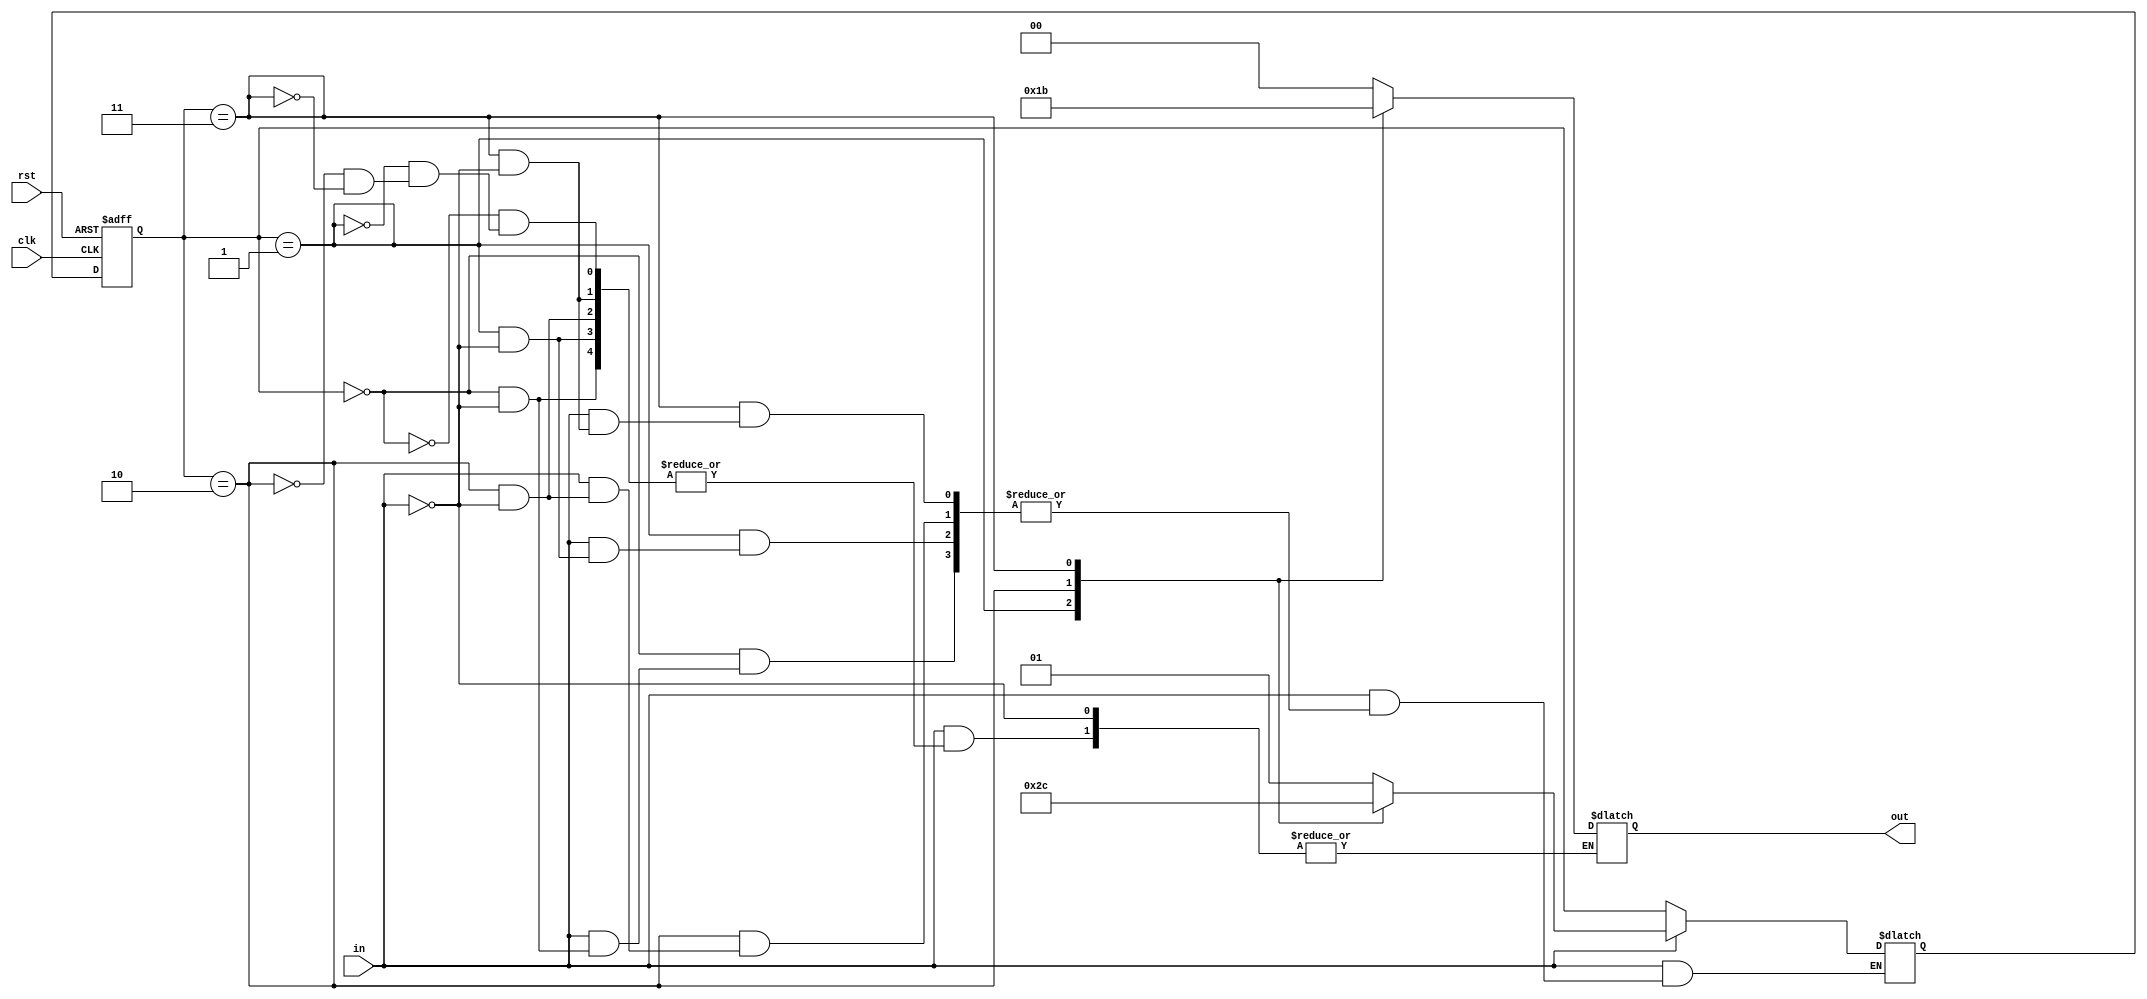
module FSMup(
clk, rst, in, out    );
	 input clk, rst;
	 input	in;
	 output reg [1:0] out;
	 
	 wire w, w2;
	 //wire clk, cclk;
	 //clk50	divider(.clk(nclk),.rst(rst),.clkdivided1hz(clk), .clkdivided2hz(cclk));
	 
	 //shift_reg r1 (clk,rst, in, w);
	 //risingdge edge1 (~clk, rst, w, w2);
	assign w2 = in;
	 reg [1:0] state, nextstate;
	// wire [64:1] dectext;
	 
	 
	 
	 parameter [1:0] s0 = 2'b00, s1 = 2'b01, s2 = 2'b10, s3 = 2'b11;
	 
	 always @ (w2 or state )
		if(w2 == 2'b0) nextstate = state;
		else
		case (state)
			s0:
			begin
				if(w2) begin nextstate = s1; out <= 2'b00; end // seven <= 7'b0000001;end
				//else nextstate = s0;
			end
			
			s1:
			begin
				if (w2) begin nextstate = s2; out<= 2'b01;end // seven <= 7'b1001111; end
			//else if (!w2[1]) nextstate = s1;
				//else nextstate = s0;
			end
			s2:
			begin
				if (w2) begin nextstate = s3; out<= 2'b10;end //seven <= 7'b0010010; end
			//else if (!w2[2]) nextstate = s2;
				//else nextstate = s0;
			end
			
			s3:
			begin
				if (w2) begin nextstate = s0; out <= 2'b11;end // seven <= 7'b0000110; end
			
				//else nextstate = s0;
			end
			
			
				default: begin
					nextstate = 2'bx;
				end
		endcase
		
		always @ (posedge clk or posedge rst)
		begin
			if (rst) begin state <= s0; end
			else state <= nextstate;
		end
		


endmodule